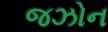
જઝોન